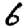
Digit: 6